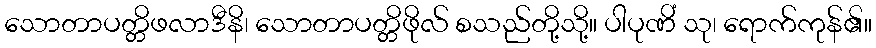
သောတာပတ္တိဖလာဒီနိ၊ သောတာပတ္တိဖိုလ် စသည်တို့သို့။ ပါပုဏိံ သု၊ ရောက်ကုန်၏။